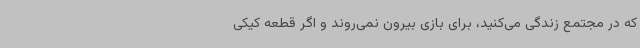
که در مجتمع زندگی می‌کنید، برای بازی بیرون نمی‌روند و اگر قطعه کیکی